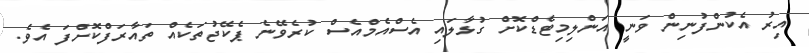
އިރު އެކުންފުނިން ވަނީ އަންލިމިޓެޑްކޮށް ގުޅާލައި އެސްއެމްއެސް ކުރެވޭނެ ޕެކޭޖުތަކެއް ތައާރަފްކޮށްފަ އެވެ.